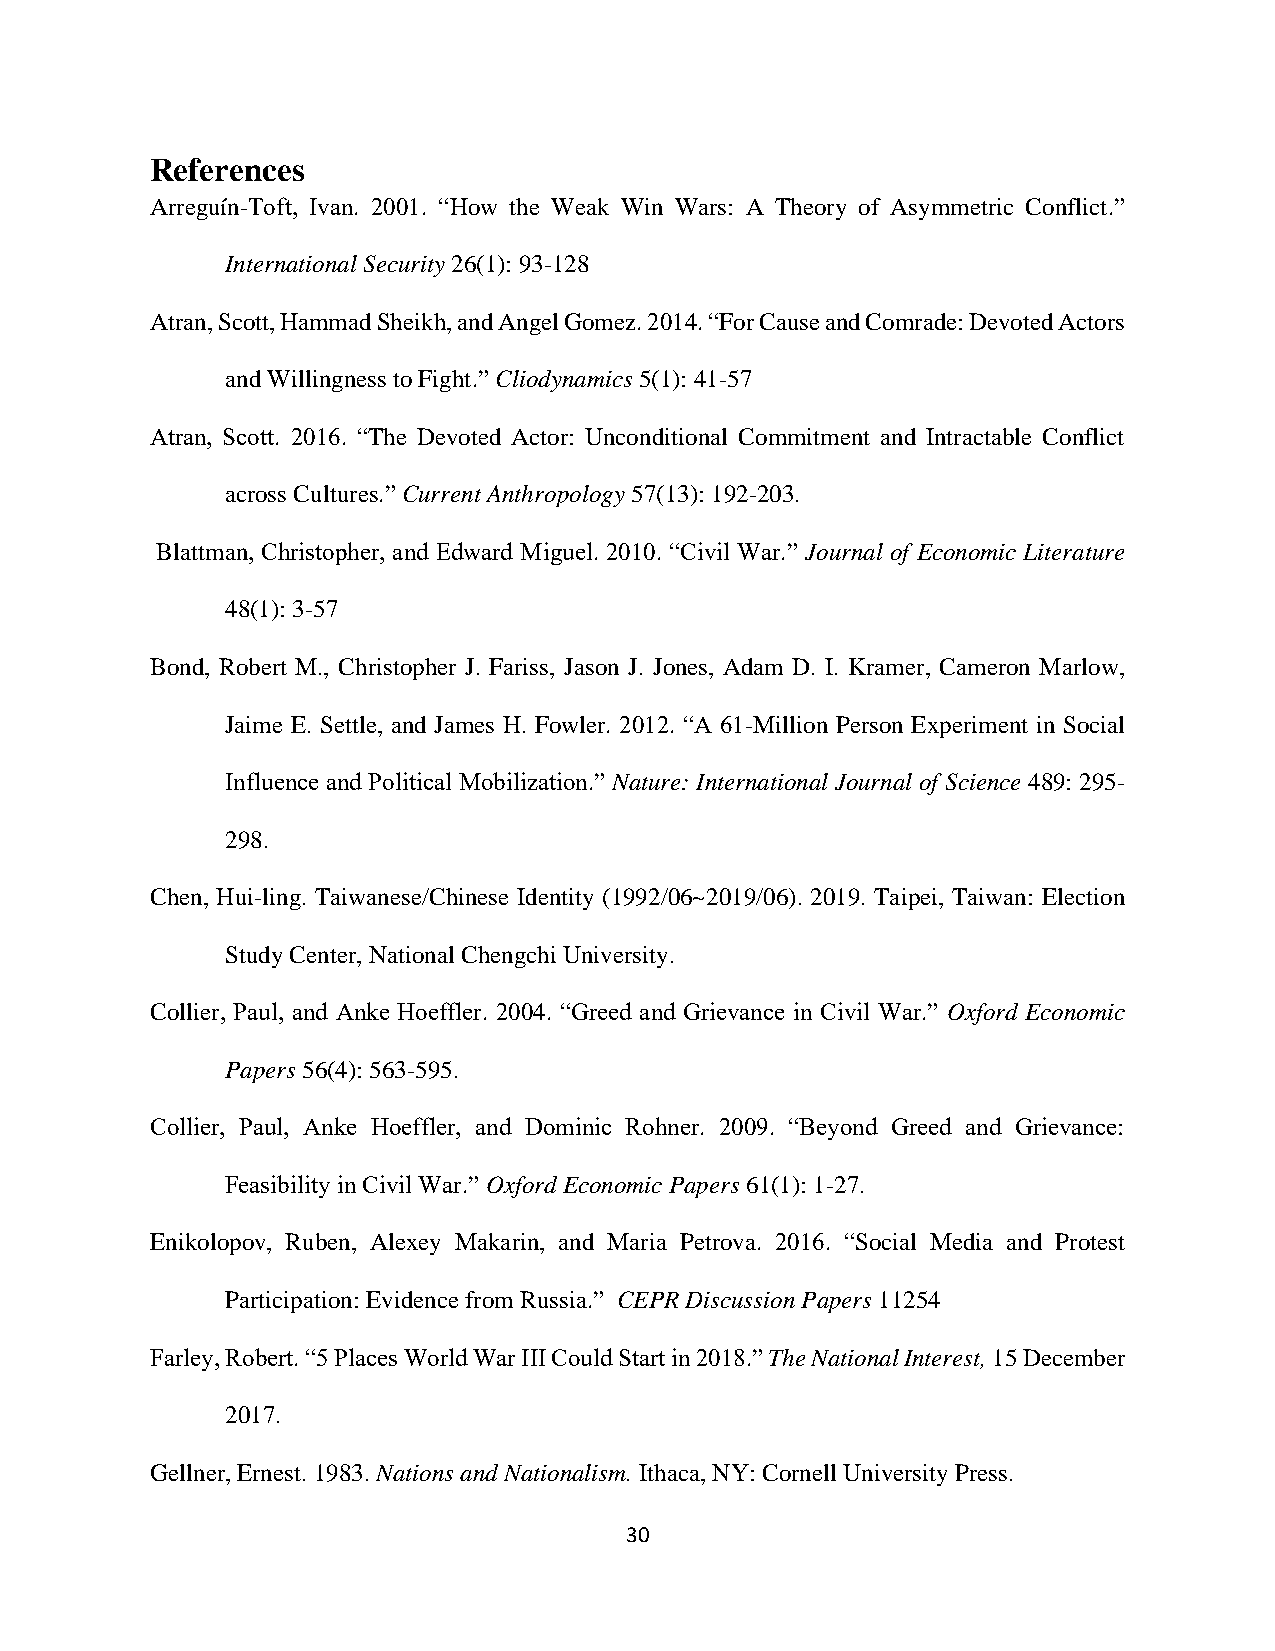
References
 Arreguín-Toft, Ivan. 2001. “How the Weak Win Wars: A Theory of Asymmetric Conflict.”
 International Security 26(1): 93-128
 Atran, Scott, Hammad Sheikh, and Angel Gomez. 2014. “For Cause and Comrade: Devoted Actors
 and Willingness to Fight.” Cliodynamics 5(1): 41-57
 Atran, Scott. 2016. “The Devoted Actor: Unconditional Commitment and Intractable Conflict
 across Cultures.” Current Anthropology 57(13): 192-203.
 Blattman, Christopher, and Edward Miguel. 2010. “Civil War.” Journal of Economic Literature
 48(1): 3-57
 Bond, Robert M., Christopher J. Fariss, Jason J. Jones, Adam D. I. Kramer, Cameron Marlow,
 Jaime E. Settle, and James H. Fowler. 2012. “A 61-Million Person Experiment in Social
 Influence and Political Mobilization.” Nature: International Journal of Science 489: 295-
 298.
 Chen, Hui-ling. Taiwanese/Chinese Identity (1992/06~2019/06). 2019. Taipei, Taiwan: Election
 Study Center, National Chengchi University.
 Collier, Paul, and Anke Hoeffler. 2004. “Greed and Grievance in Civil War.” Oxford Economic
 Papers 56(4): 563-595.
 Collier, Paul, Anke Hoeffler, and Dominic Rohner. 2009. “Beyond Greed and Grievance:
 Feasibility in Civil War.” Oxford Economic Papers 61(1): 1-27.
 Enikolopov, Ruben, Alexey Makarin, and Maria Petrova. 2016. “Social Media and Protest
 Participation: Evidence from Russia.” CEPR Discussion Papers 11254
 Farley, Robert. “5 Places World War III Could Start in 2018.” The National Interest, 15 December
 2017.
 Gellner, Ernest. 1983. Nations and Nationalism. Ithaca, NY: Cornell University Press.
 30